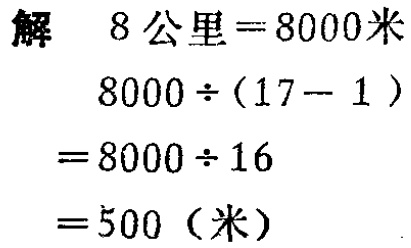
解

\[

\begin{align*}

8\text{ 公里}& = 8000\text{ 米}\\

8000\div(17 - 1)&\\

= 8000\div16&\\

= 500 (\text{米})&

\end{align*}

\]